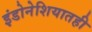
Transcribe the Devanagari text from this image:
इंडोनेशियातही